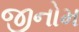
જીનોમ